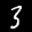
Label: 3